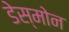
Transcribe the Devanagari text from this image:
डेस्मोन